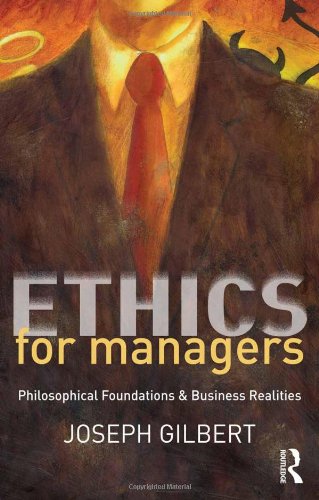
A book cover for Ethics for Managers: Philosophical Foundations & Business Realities; Joseph Gilbert; Business & Money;